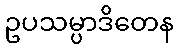
ဥပသမ္ပာဒိတေန